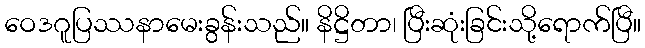
ဝေဒဂူပြဿနာမေးခွန်းသည်။ နိဋ္ဌိတာ၊ ပြီးဆုံးခြင်းသို့ရောက်ပြီ။